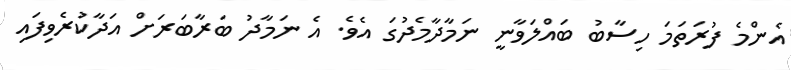
އެންމެ ފުރަތަމަ ހިސާބު ބައްލަވާނީ ނަމާދާމެދުގަ އެވެ. އެ ނަމާދު ބަރާބަރަށް އަދާކުރެވިފައި